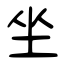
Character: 坐